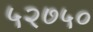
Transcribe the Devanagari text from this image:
५२७५०